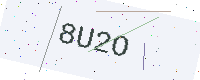
Text: 8U2O